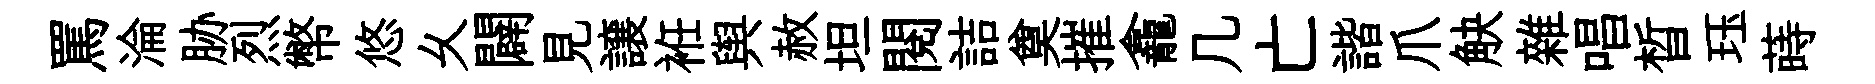
罵淪胁烈幣悠乆闢見譲袵舆赦坦閱詰奠摧龕几亡諧爪觖雜唱晳珏蒔